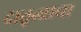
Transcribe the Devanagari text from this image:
दातृत्वाचा